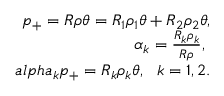
\begin{array} { r } { p _ { + } = R \rho \theta = R _ { 1 } \rho _ { 1 } \theta + R _ { 2 } \rho _ { 2 } \theta , } \\ { \alpha _ { k } = \frac { R _ { k } \rho _ { k } } { R \rho } , \ } \\ { a l p h a _ { k } p _ { + } = R _ { k } \rho _ { k } \theta , \ \ k = 1 , 2 . } \end{array}